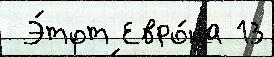
 Э́тот Евро́па 13